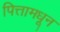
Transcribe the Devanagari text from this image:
पित्तामधून